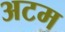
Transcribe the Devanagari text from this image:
अटम